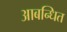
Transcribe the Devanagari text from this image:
आबन्धित